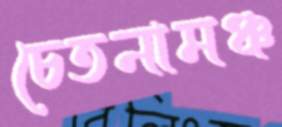
চেতনামঞ্চ